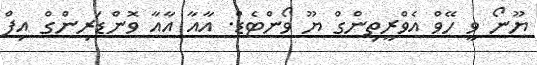
ޔޫނޯ ވީ ހޭވް އެވްރީތިންގް ޔޫ ވޯންޓެޑް. އާއާ އާއާ ވޮންޑަރިންގް އިފް